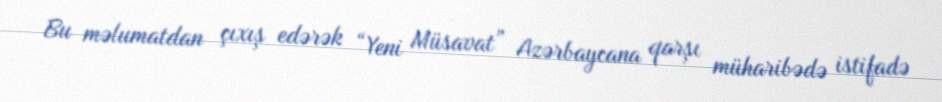
Bu məlumatdan çıxış edərək “Yeni Müsavat” Azərbaycana qarşı müharibədə istifadə